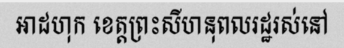
អាដហុក ខេត្តព្រះសីហនុពលរដ្ឋរស់នៅ